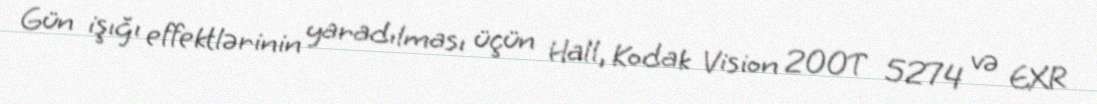
Gün işığı effektlərinin yaradılması üçün Hall, Kodak Vision 200T 5274 və EXR